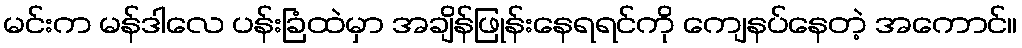
မင်းက မန်ဒါလေ ပန်းခြံထဲမှာ အချိန်ဖြုန်းနေရရင်ကို ကျေနပ်နေတဲ့ အကောင်။